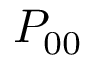
P _ { 0 0 }